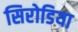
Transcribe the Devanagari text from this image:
सिरोडिया